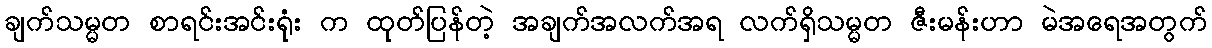
ချက်သမ္မတ စာရင်းအင်းရုံး က ထုတ်ပြန်တဲ့ အချက်အလက်အရ လက်ရှိသမ္မတ ဇီးမန်းဟာ မဲအရေအတွက်